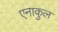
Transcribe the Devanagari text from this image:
एनाकुल